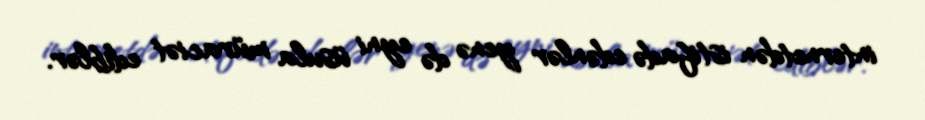
internetdən istifadə edənlər yenə də eyni üsula müraciət ediblər.